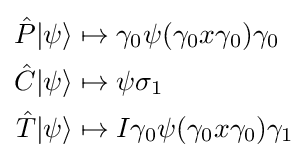
{\begin{aligned}{\hat {P}}|\psi \rangle &\mapsto \gamma _{0}\psi (\gamma _{0}x\gamma _{0})\gamma _{0}\\{\hat {C}}|\psi \rangle &\mapsto \psi \sigma _{1}\\{\hat {T}}|\psi \rangle &\mapsto I\gamma _{0}\psi (\gamma _{0}x\gamma _{0})\gamma _{1}\end{aligned}}